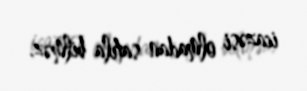
icazəsi olmadan satıla bilməz.